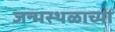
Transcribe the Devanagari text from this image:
जन्मस्थळाच्या